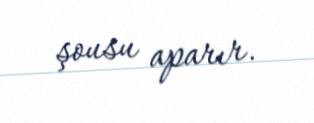
şousu aparır.